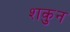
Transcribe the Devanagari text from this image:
शकुुन